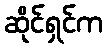
ဆိုင်ရှင်က